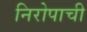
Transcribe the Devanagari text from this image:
निरोपाची